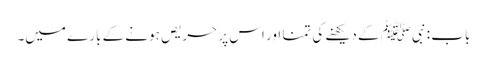
باب : نبیﷺ کے دیکھنے کی تمنا اور اس پر حریص ہونے کے بارے میں۔